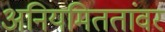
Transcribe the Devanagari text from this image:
अनियमिततांवर